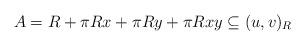
LaTeX: \begin{align*} A=R+\pi R x+\pi R y+\pi Rxy\subseteq (u,v)_R \end{align*}